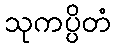
သုကပ္ပိတံ